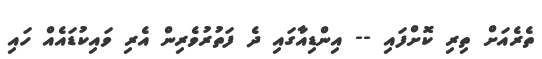
ތެރެއަށް ތިރި ކޮށްފައި -- އިންޑިއާގައި ދެ ފަތުރުވެރިން އެރި ވައިކުޑައެއް ހައި